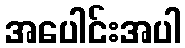
အပေါင်းအပါ